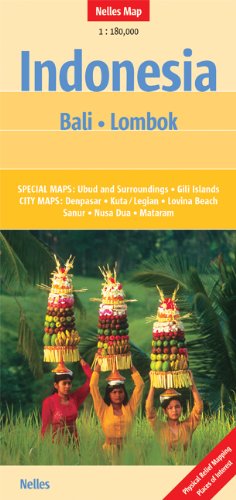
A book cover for Bali and Lombok, Indonesia Nelles map; Nelles Verlag; Travel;